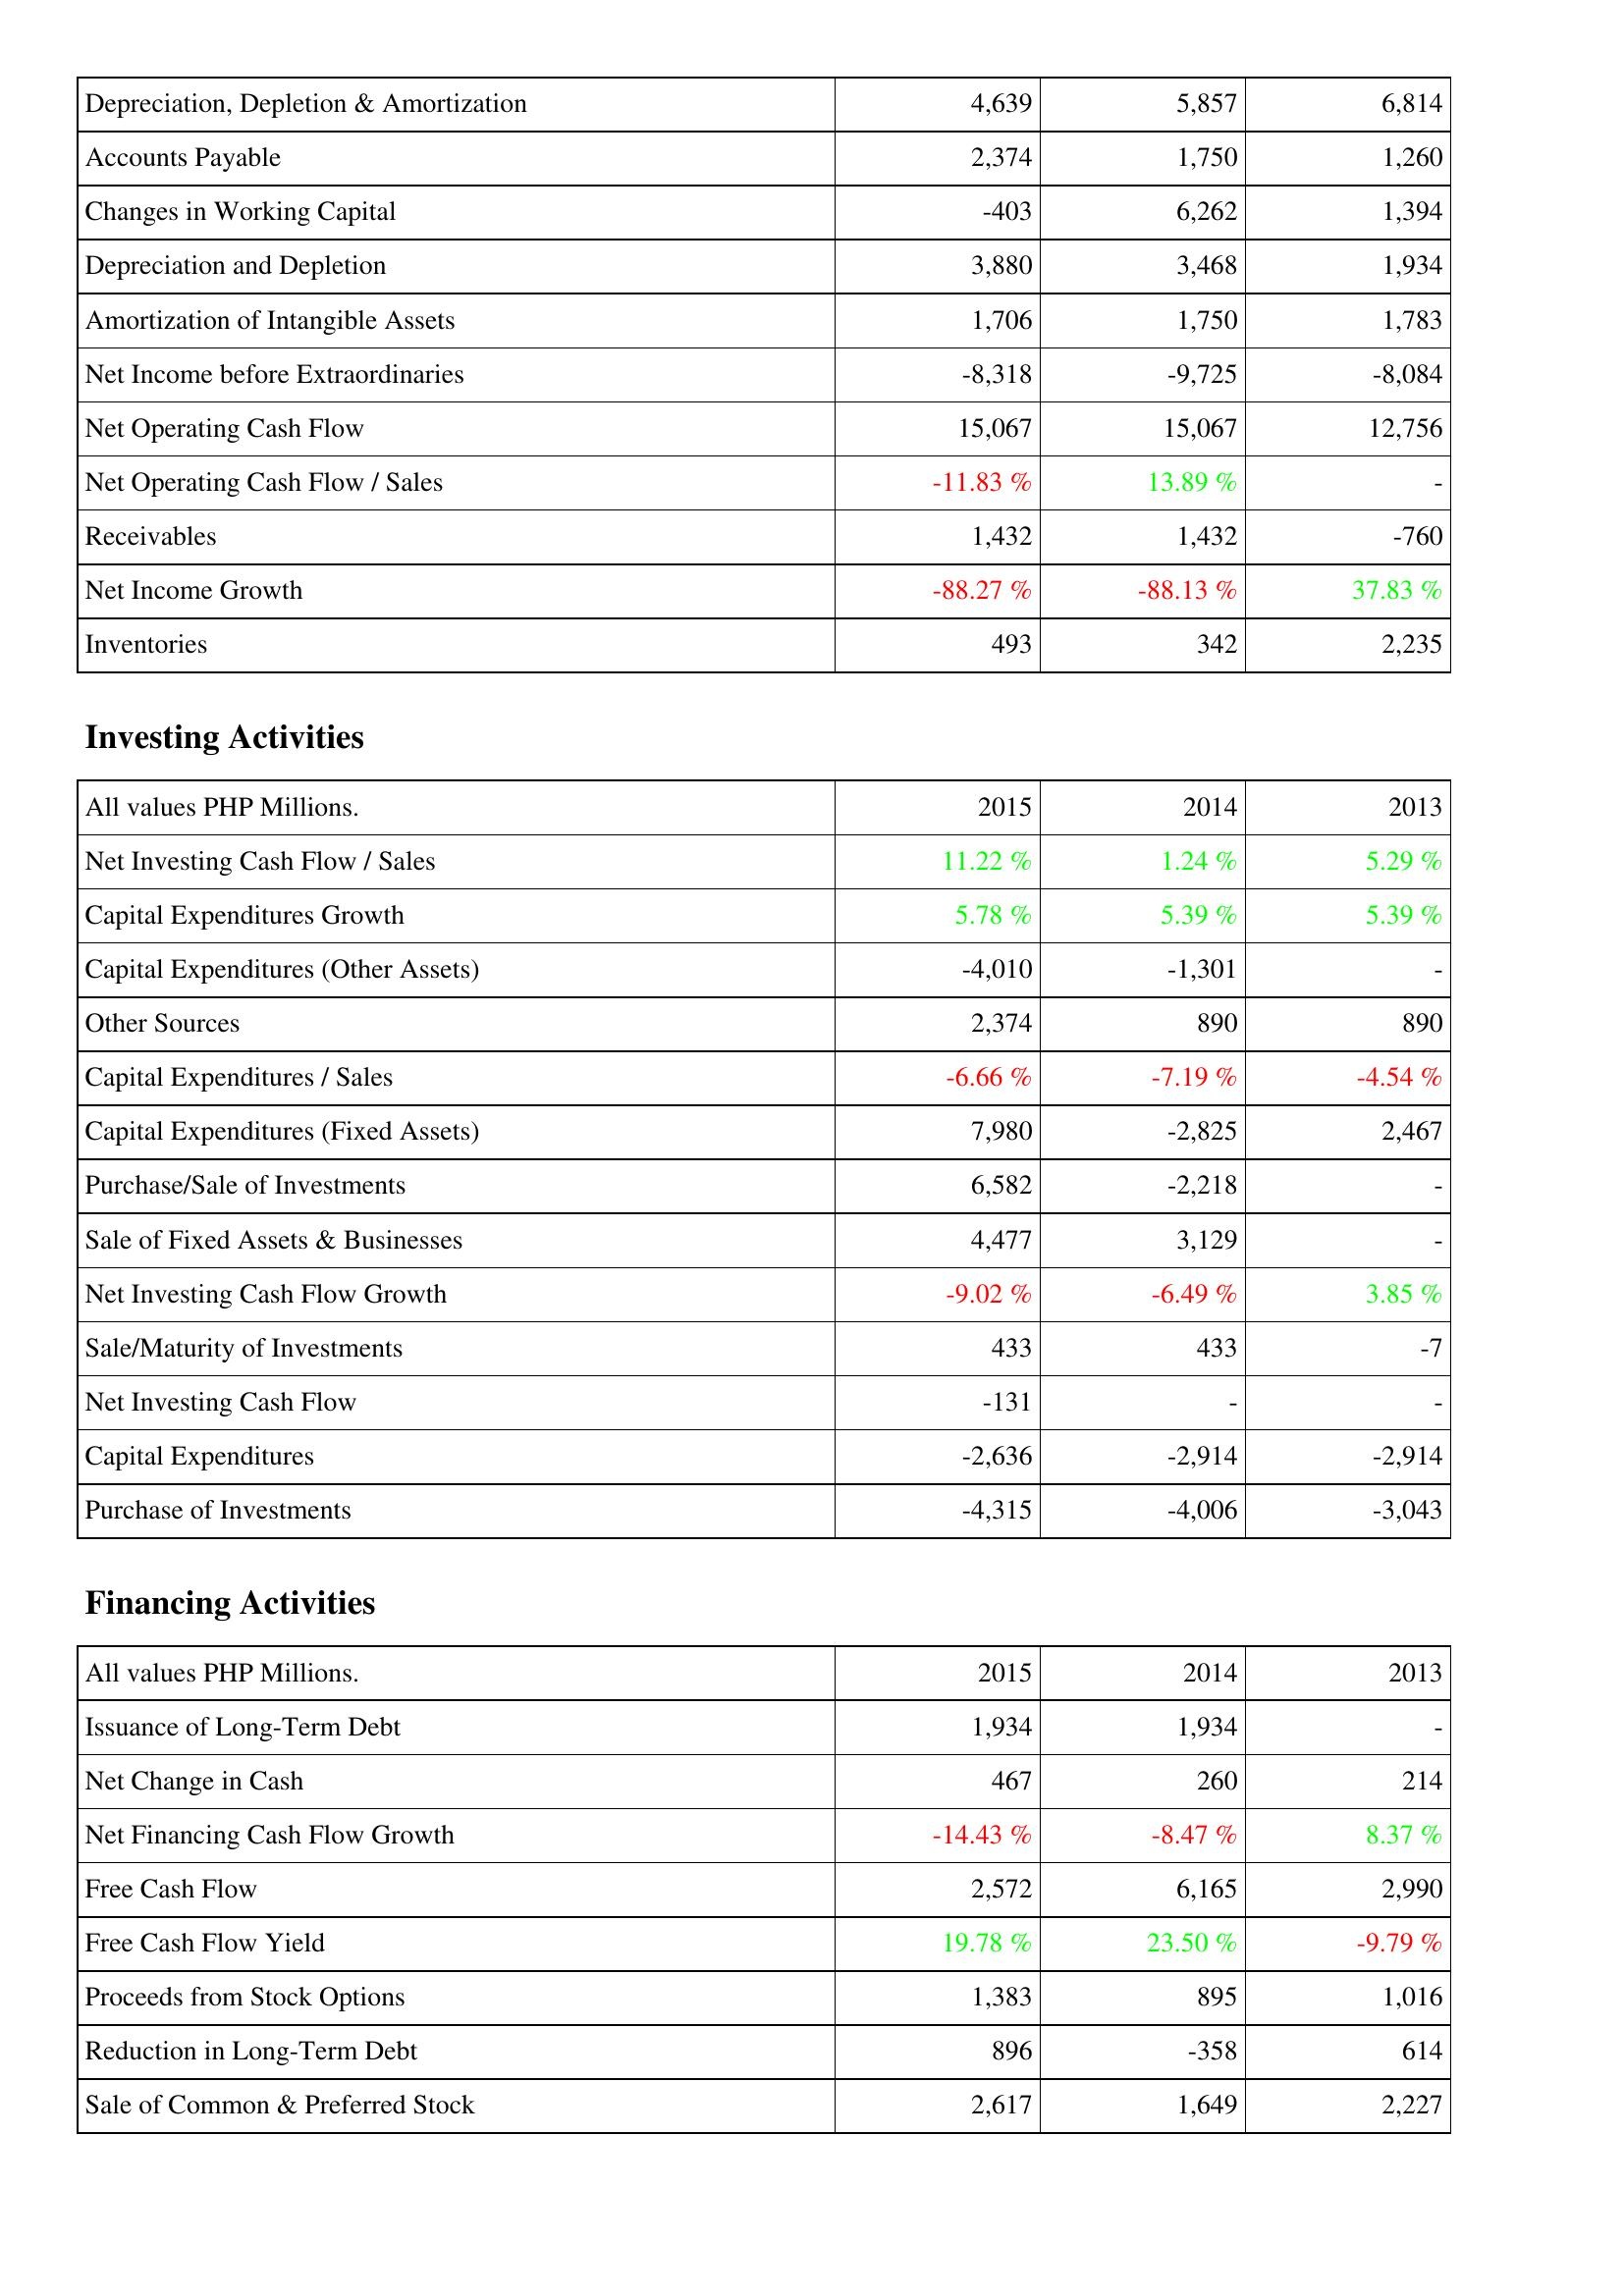
2015: Operating Activities: Depreciation, Depletion & Amortization: 4,639
Accounts Payable: 2,374
Changes in Working Capital: -403
Depreciation and Depletion: 3,880
Amortization of Intangible Assets: 1,706
Net Income before Extraordinaries: -8,318
Net Operating Cash Flow: 15,067
Net Operating Cash Flow / Sales: -11.83 %
Receivables: 1,432
Net Income Growth: -88.27 %
Inventories: 493
Investing Activities: Net Investing Cash Flow / Sales: 11.22 %
Capital Expenditures Growth: 5.78 %
Capital Expenditures (Other Assets): -4,010
Other Sources: 2,374
Capital Expenditures / Sales: -6.66 %
Capital Expenditures (Fixed Assets): 7,980
Purchase/Sale of Investments: 6,582
Sale of Fixed Assets & Businesses: 4,477
Net Investing Cash Flow Growth: -9.02 %
Sale/Maturity of Investments: 433
Net Investing Cash Flow: -131
Capital Expenditures: -2,636
Purchase of Investments: -4,315
Financing Activities: Issuance of Long-Term Debt: 1,934
Net Change in Cash: 467
Net Financing Cash Flow Growth: -14.43 %
Free Cash Flow: 2,572
Free Cash Flow Yield: 19.78 %
Proceeds from Stock Options: 1,383
Reduction in Long-Term Debt: 896
Sale of Common & Preferred Stock: 2,617
2014: Operating Activities: Depreciation, Depletion & Amortization: 5,857
Accounts Payable: 1,750
Changes in Working Capital: 6,262
Depreciation and Depletion: 3,468
Amortization of Intangible Assets: 1,750
Net Income before Extraordinaries: -9,725
Net Operating Cash Flow: 15,067
Net Operating Cash Flow / Sales: 13.89 %
Receivables: 1,432
Net Income Growth: -88.13 %
Inventories: 342
Investing Activities: Net Investing Cash Flow / Sales: 1.24 %
Capital Expenditures Growth: 5.39 %
Capital Expenditures (Other Assets): -1,301
Other Sources: 890
Capital Expenditures / Sales: -7.19 %
Capital Expenditures (Fixed Assets): -2,825
Purchase/Sale of Investments: -2,218
Sale of Fixed Assets & Businesses: 3,129
Net Investing Cash Flow Growth: -6.49 %
Sale/Maturity of Investments: 433
Net Investing Cash Flow: -
Capital Expenditures: -2,914
Purchase of Investments: -4,006
Financing Activities: Issuance of Long-Term Debt: 1,934
Net Change in Cash: 260
Net Financing Cash Flow Growth: -8.47 %
Free Cash Flow: 6,165
Free Cash Flow Yield: 23.50 %
Proceeds from Stock Options: 895
Reduction in Long-Term Debt: -358
Sale of Common & Preferred Stock: 1,649
2013: Operating Activities: Depreciation, Depletion & Amortization: 6,814
Accounts Payable: 1,260
Changes in Working Capital: 1,394
Depreciation and Depletion: 1,934
Amortization of Intangible Assets: 1,783
Net Income before Extraordinaries: -8,084
Net Operating Cash Flow: 12,756
Net Operating Cash Flow / Sales: -
Receivables: -760
Net Income Growth: 37.83 %
Inventories: 2,235
Investing Activities: Net Investing Cash Flow / Sales: 5.29 %
Capital Expenditures Growth: 5.39 %
Capital Expenditures (Other Assets): -
Other Sources: 890
Capital Expenditures / Sales: -4.54 %
Capital Expenditures (Fixed Assets): 2,467
Purchase/Sale of Investments: -
Sale of Fixed Assets & Businesses: -
Net Investing Cash Flow Growth: 3.85 %
Sale/Maturity of Investments: -7
Net Investing Cash Flow: -
Capital Expenditures: -2,914
Purchase of Investments: -3,043
Financing Activities: Issuance of Long-Term Debt: -
Net Change in Cash: 214
Net Financing Cash Flow Growth: 8.37 %
Free Cash Flow: 2,990
Free Cash Flow Yield: -9.79 %
Proceeds from Stock Options: 1,016
Reduction in Long-Term Debt: 614
Sale of Common & Preferred Stock: 2,227